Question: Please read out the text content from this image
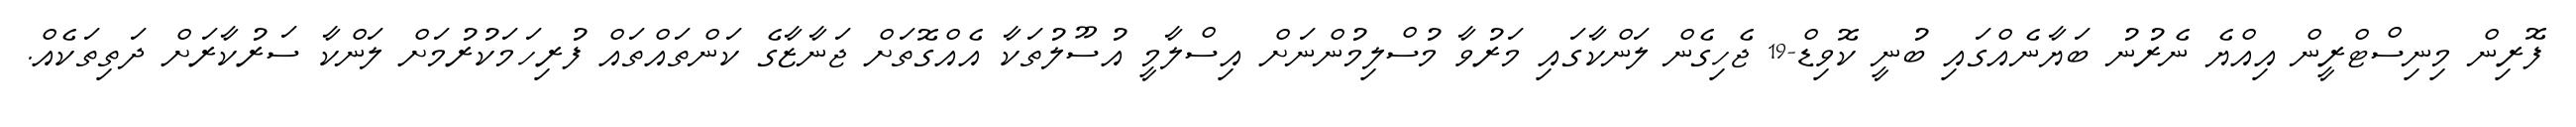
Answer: ފޮރިން މިނިސްޓްރީން އިއްޔެ ނެރުނު ބަޔާނެއްގައި ބުނީ ކޮވިޑް-19 ޖެހިގެން ލަންކާގައި މަރުވާ މުސްލިމުންނަށް އިސްލާމީ އުސޫލުތަކާ އެއްގޮތަށް ޖަނާޒާގެ ކަންތައްތައް ފުރިހަމަކުރުމަށް ލަންކާ ސަރުކާރަށް ދަތިތަކެއް.